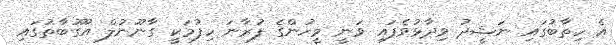
އެ ހިތާބުގައި ނަޝީދު ވިދާޅުވެފައި ވަނީ މީހުންގެ ފުރާނަ ހިފުމަކީ ގާނޫނުލް އުގޫބާތުގައި